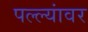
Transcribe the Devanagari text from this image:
पल्ल्यांवर